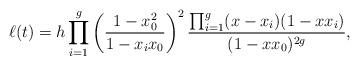
LaTeX: \begin{align*}\ell(t) = h\prod_{i=1}^g\left(\frac{1-x_0^2}{1-x_ix_0}\right)^2\frac{\prod_{i=1}^g(x-x_i)(1-xx_i)}{(1-xx_0)^{2g}},\end{align*}